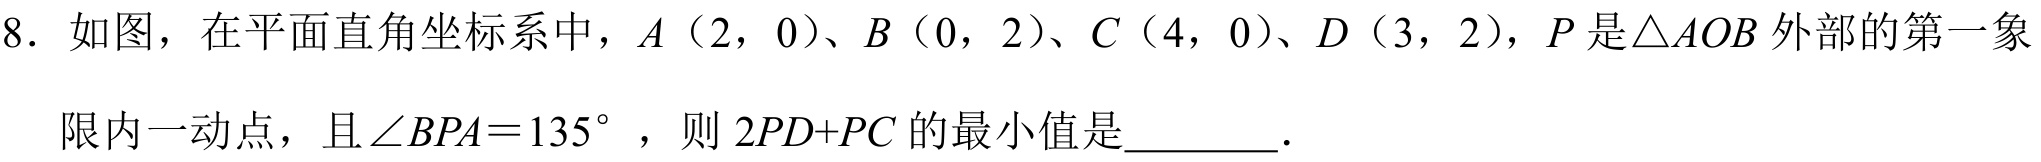
8. 如图，在平面直角坐标系中，\(A(2,0)\)、\(B(0,2)\)、\(C(4,0)\)、\(D(3,2)\)，\(P\)是\(\triangle AOB\)外部的第一象限内一动点，且\(\angle BPA = 135^{\circ}\)，则\(2PD + PC\)的最小值是  ．